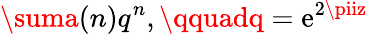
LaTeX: \suma(n)q^{n},\qquadq=\mathrm{e}^{2\piiz}